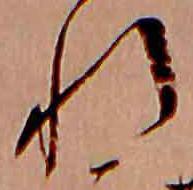
れ